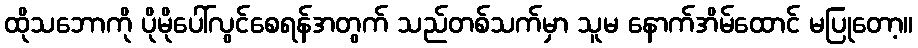
ထိုသဘောကို ပိုမိုပေါ်လွင်စေရန်အတွက် သည်တစ်သက်မှာ သူမ နောက်အိမ်ထောင် မပြုတော့။